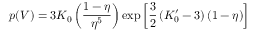
p ( V ) = 3 K _ { 0 } \left( { \frac { 1 - \eta } { \eta ^ { 5 } } } \right) \exp \left[ { \frac { 3 } { 2 } } \left( K _ { 0 } ^ { \prime } - 3 \right) ( 1 - \eta ) \right]